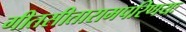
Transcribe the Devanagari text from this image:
गीतसीतारामपरिणयः